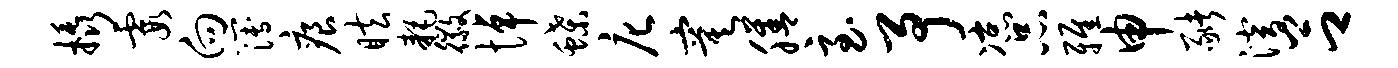
橇霞向簿痕眩耗徽悼蝶庀寞膳至予凉品雅申猪潜吕